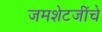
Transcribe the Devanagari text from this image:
जमशेटजींचे